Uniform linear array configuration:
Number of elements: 12
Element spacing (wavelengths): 0.75
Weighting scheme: hamming
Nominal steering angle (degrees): -15
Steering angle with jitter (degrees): -16.854
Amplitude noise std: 0.05
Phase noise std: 0.05

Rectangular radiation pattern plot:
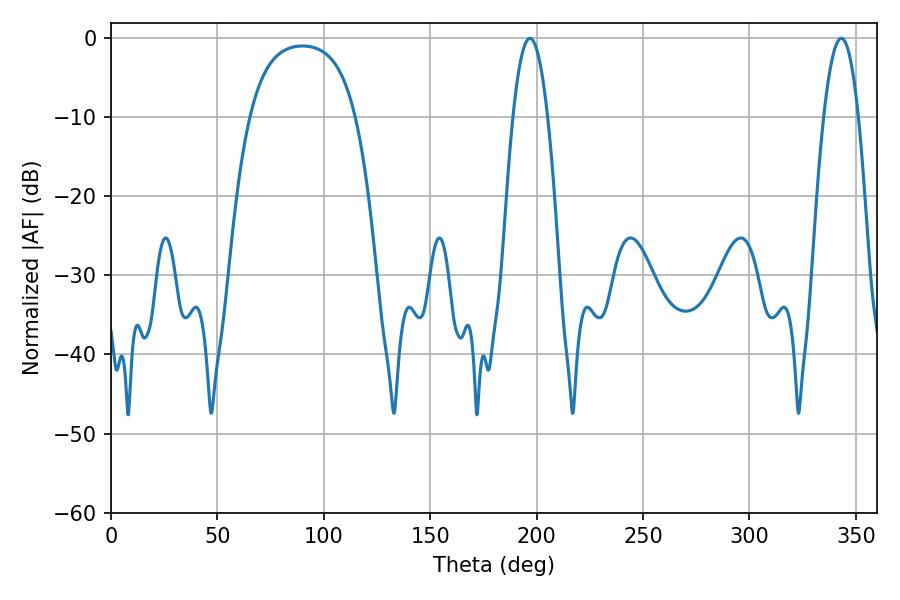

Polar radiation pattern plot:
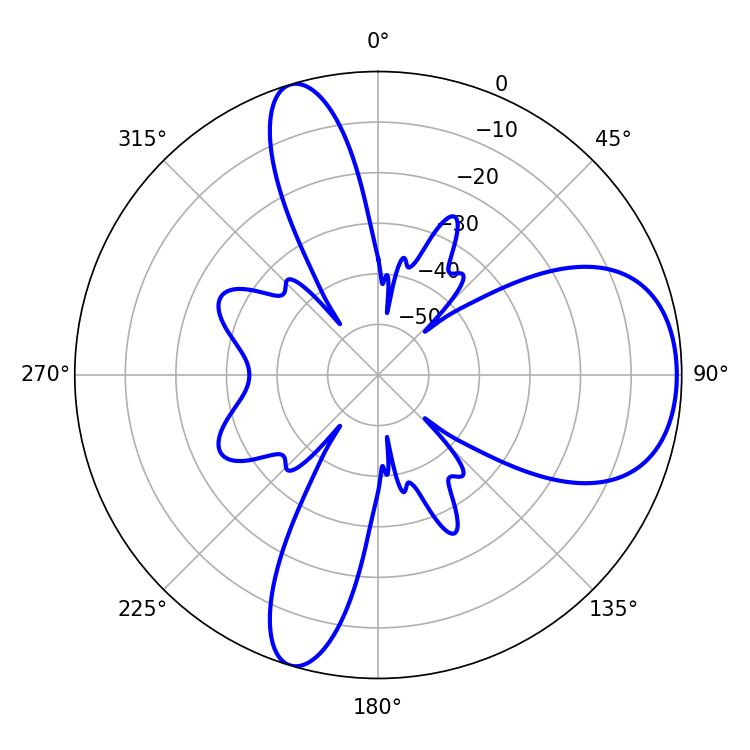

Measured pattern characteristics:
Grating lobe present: TRUE
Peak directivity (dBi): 7.427
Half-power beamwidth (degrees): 9
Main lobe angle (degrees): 343.08